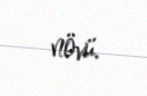
növü.